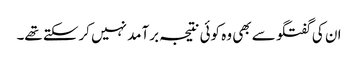
ان کی گفتگو سے بھی وہ کوئی نتیجہ برآمد نہیں کرسکتے تھے۔